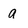
Character: a